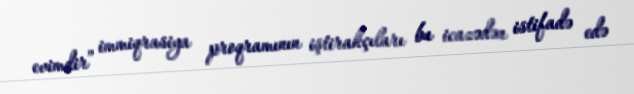
evimdir” immiqrasiya proqramının iştirakçıları bu icazədən istifadə edə